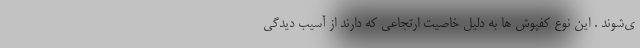
ی‌شوند . این نوع کفپوش ها به دلیل خاصیت ارتجاعی که دارند از آسیب دیدگی